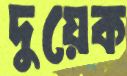
দুয়েক